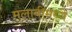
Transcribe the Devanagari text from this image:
मलावीमध्ये